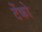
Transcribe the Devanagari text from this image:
टेंको